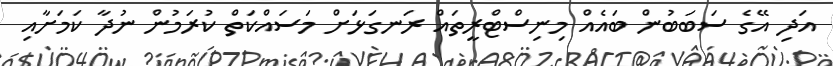
އަދި އޭގެ ސަބަބުން ބައެއް މިނިސްޓްރީތައް ރަނގަޅަށް މަސައްކަތް ކުރަމުން ނުދާ ކަމަށާއި